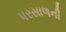
પરસાળની